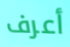
أعرف